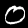
Label: 0